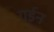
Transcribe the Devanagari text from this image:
गर्डन